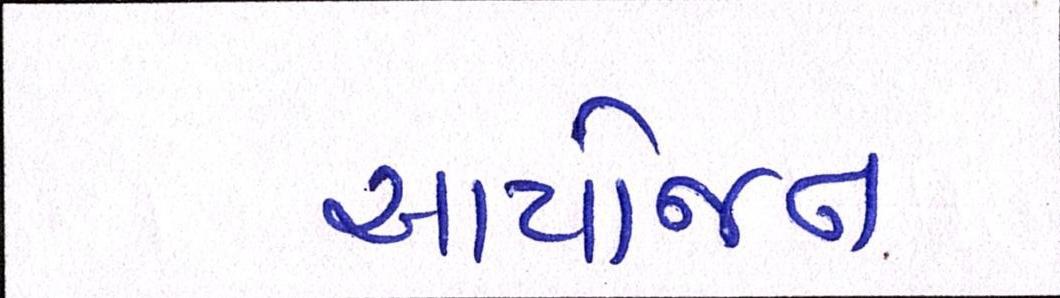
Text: આયોજન